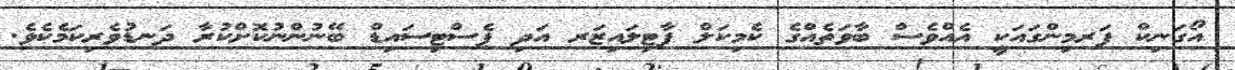
އޯގަނިކް ފަރމިންގައަކީ އެއްވެސް ބާވަތެއްގެ ކެމިކަލް ފާޓިލައިޒަރ އަދި ޕެސްޓިސައިޑް ބޭނުންނުކޮށްކުރާ ދަނޑުވެރިކަމެކެވެ.